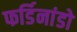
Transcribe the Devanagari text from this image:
फर्डिनांडो